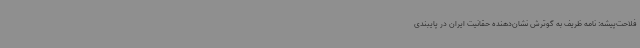
فلاحت‌پیشه: نامه ظریف به گوترش نشان‌دهنده حقانیت ایران در پایبندی